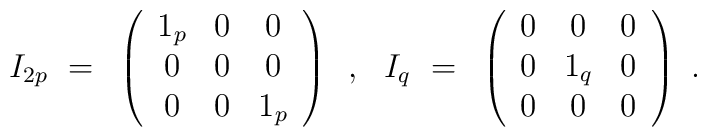
I_{2p}~=~\left( \begin{array}{ccc}                  1_p & 0 &  0 \\                   0  & 0 &  0 \\                   0  & 0 & 1_p                 \end{array} \right)\!~~,~~ I_q~=~\left( \begin{array}{ccc}               0 &  0  & 0 \\               0 & 1_q & 0 \\               0 &  0  & 0              \end{array} \right)~.\vspace{2mm}